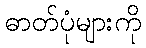
ဓာတ်ပုံများကို